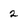
Character: 2